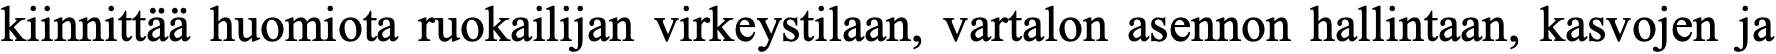
kiinnittää huomiota ruokailijan virkeystilaan, vartalon asennon hallintaan, kasvojen ja